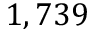
1 , 7 3 9